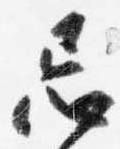
忘